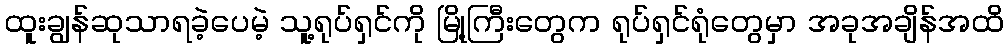
ထူးချွန်ဆုသာရခဲ့ပေမဲ့ သူ့ရုပ်ရှင်ကို မြို့ကြီးတွေက ရုပ်ရှင်ရုံတွေမှာ အခုအချိန်အထိ